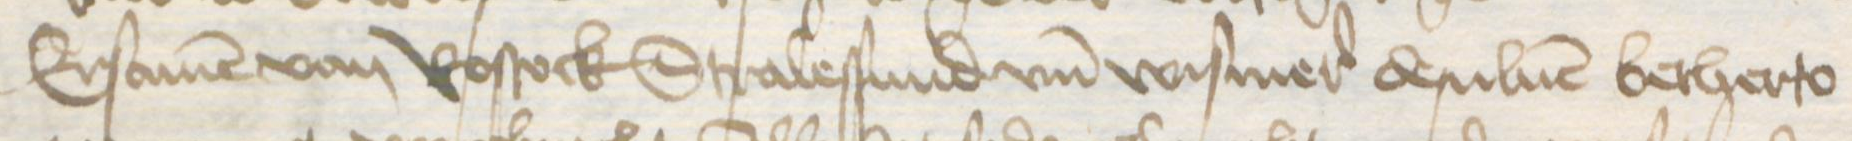
Ersamen von Rostock Stralessund vnd Wismer desuluen betherto